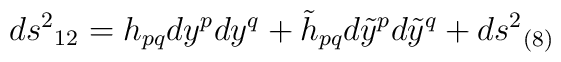
ds^2{}_{12}=h_{pq}dy^pdy^q +  \tilde{h}_{pq}d\tilde{y}^pd\tilde{y}^q +  ds^2{}_{(8)}